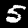
Label: 5